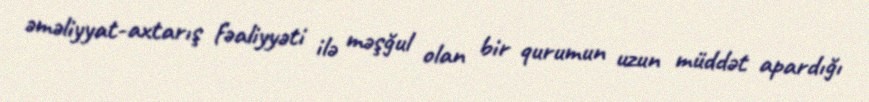
əməliyyat-axtarış fəaliyyəti ilə məşğul olan bir qurumun uzun müddət apardığı